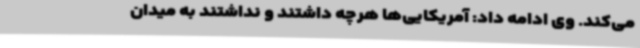
می‌کند. وی ادامه داد: آمریکایی‌ها هرچه داشتند و نداشتند به میدان